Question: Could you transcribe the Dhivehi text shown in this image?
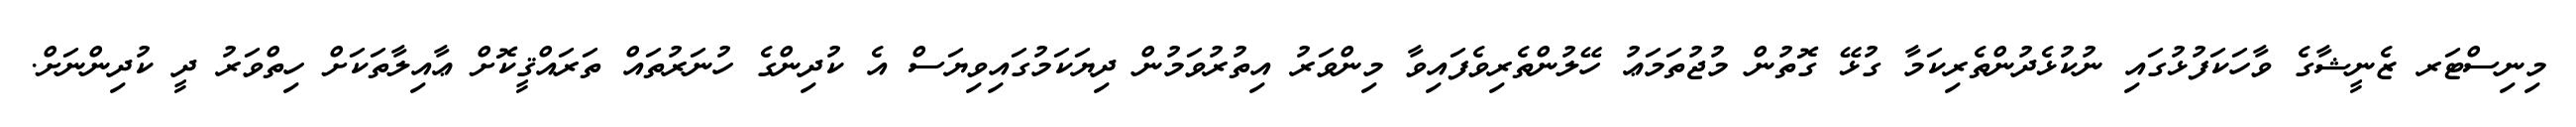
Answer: މިނިސްޓަރ ޒެނީޝާގެ ވާހަކަފުޅުގައި ނުކުޅެދުންތެރިކަމާ ގުޅޭ ގޮތުން މުޖުތަމަޢު ހޭލުންތެރިވެފައިވާ މިންވަރު އިތުރުވަމުން ދިޔަކަމުގައިވިޔަސް އެ ކުދިންގެ ހުނަރުތައް ތަރައްޤީކޮށް ޢާއިލާތަކަށް ހިތްވަރު ދީ ކުދިންނަށް.